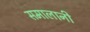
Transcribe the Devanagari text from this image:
समालानी